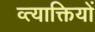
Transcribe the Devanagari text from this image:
व्त्याक्तियों